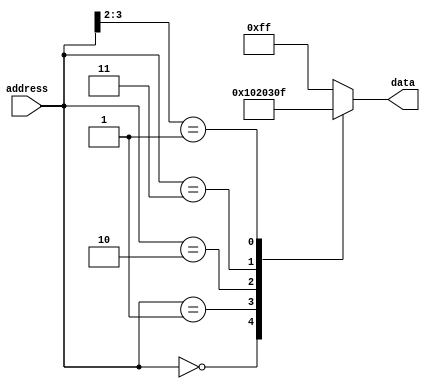
module casez_statement(
    input wire [3:0] address,
    output reg [7:0] data
);

always @(*)
begin
    casez(address)
        4'b0000: data = 8'b00000000;
        4'b0001: data = 8'b00000001;
        4'b0010: data = 8'b00000010;
        4'b0011: data = 8'b00000011;
        4'b01??: data = 8'b00001111; // ? matches any value
        default: data = 8'b11111111;
    endcase
end

endmodule